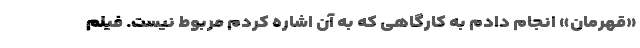
«قهرمان» انجام دادم به کارگاهی که به آن اشاره کردم مربوط نیست. فیلم